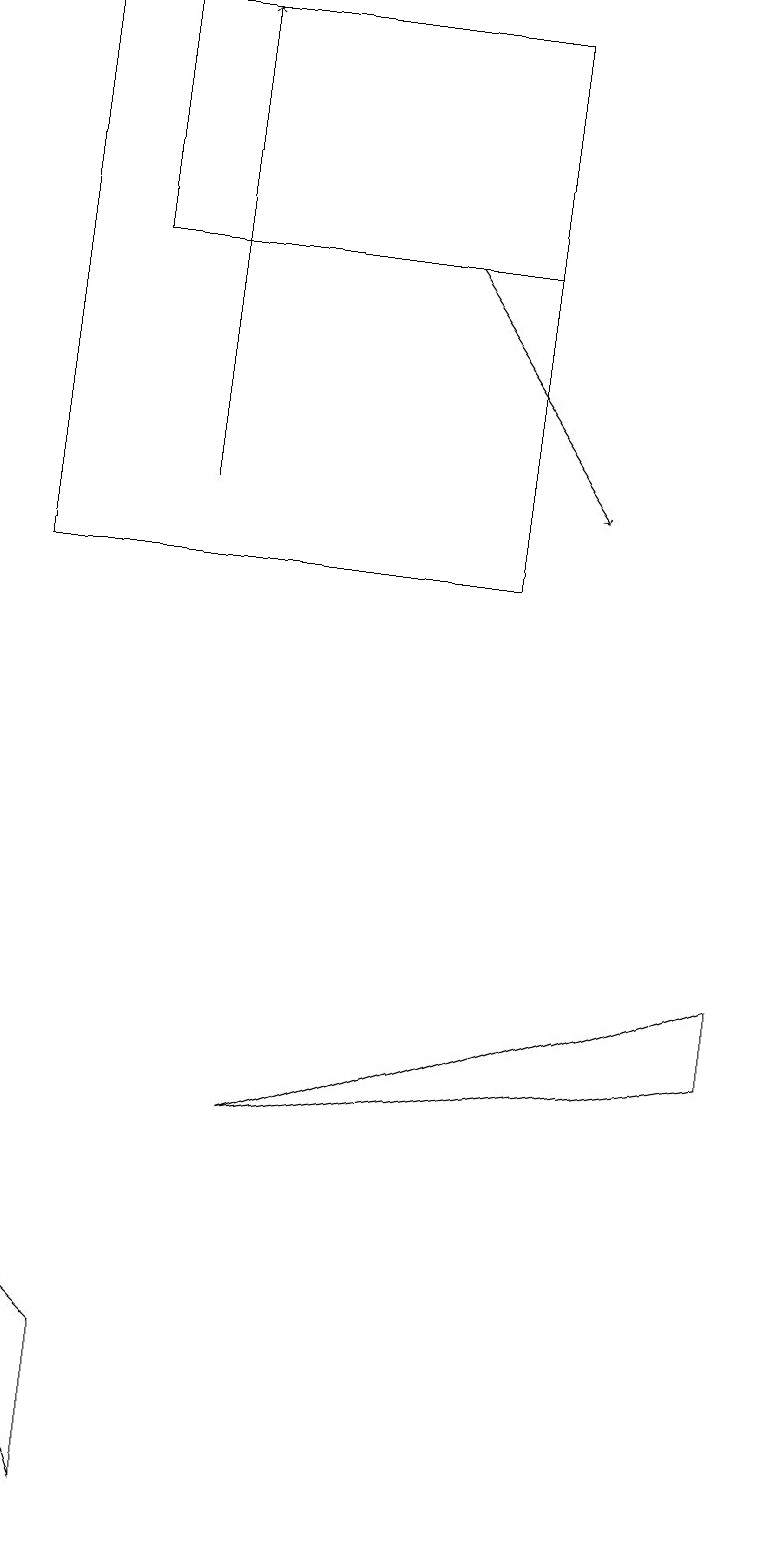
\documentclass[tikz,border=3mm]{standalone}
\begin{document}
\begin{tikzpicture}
\draw (6,19) rectangle (0,12);
\draw[->] (5,16) -- (7,13);
\draw (0,3) -- (1,0) -- (1,2) -- cycle;
\draw (3,5) -- (9,6) -- (9,7) -- cycle;
\draw (1,19) rectangle (6,16);
\draw[->] (2,13) -- (2,19);
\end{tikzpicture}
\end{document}